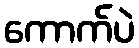
ကောက်ပဲ